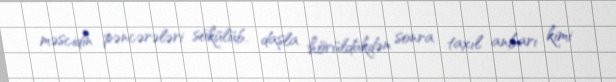
məscidin pəncərələri sökülüb, daşla hörüldükdən sonra taxıl anbarı kimi